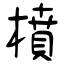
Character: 橨